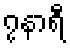
၇နာရီ